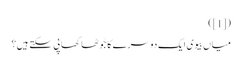
([1])
میاں بیوی ایک دوسرے کا جُوٹھا کھا پی سکتے ہیں؟